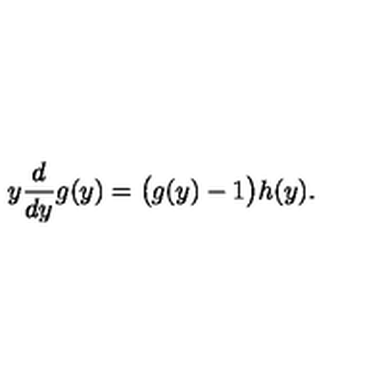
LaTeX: y \frac { d } { d y } g ( y ) = \bigl ( g ( y ) - 1 \bigr ) h ( y ) .